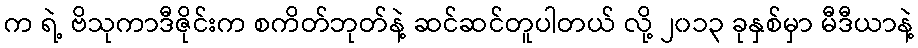
က ရဲ့ ဗိသုကာဒီဇိုင်းက စကိတ်ဘုတ်နဲ့ ဆင်ဆင်တူပါတယ် လို့ ၂၀၁၃ ခုနှစ်မှာ မီဒီယာနဲ့